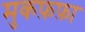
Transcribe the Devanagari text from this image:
मुकफ़फ़ा